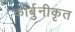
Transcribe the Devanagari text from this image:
कार्बुनीकृत